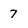
Character: 7